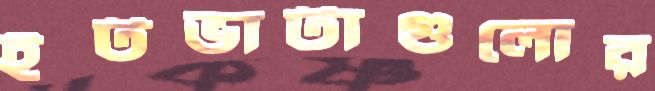
ইটভাটাগুলোর